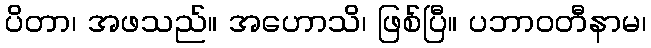
ပိတာ၊ အဖသည်။ အဟောသိ၊ ဖြစ်ပြီ။ ပဘာဝတီနာမ၊